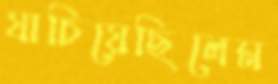
যাচিয়েছিলেম